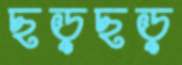
ছড়ছড়